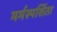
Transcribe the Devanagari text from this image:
मर्मस्पर्शिता